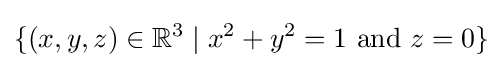
\{(x,y,z)\in \mathbb {R} ^{3}\mid x^{2}+y^{2}=1{\mbox{ and }}z=0\}